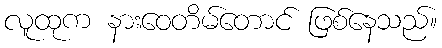
လူထုက နားဝေတိမ်တောင် ဖြစ်နေသည်။